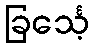
ခြင်္သေ့